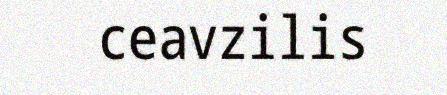
ceavzilis